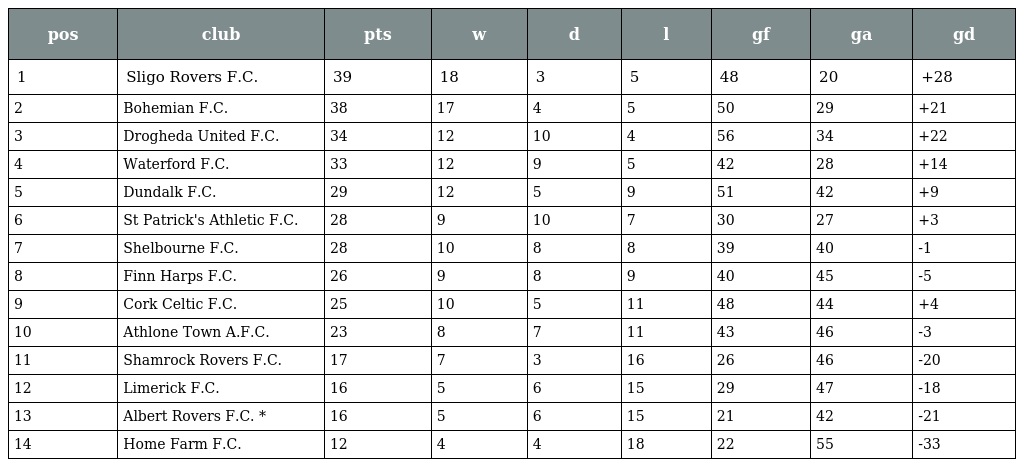
| pos | club | pts | w | d | l | gf | ga | gd |
 | --- | --- | --- | --- | --- | --- | --- | --- | --- |
 | 1 | Sligo Rovers F.C. | 39 | 18 | 3 | 5 | 48 | 20 | +28 |
 | 2 | Bohemian F.C. | 38 | 17 | 4 | 5 | 50 | 29 | +21 |
 | 3 | Drogheda United F.C. | 34 | 12 | 10 | 4 | 56 | 34 | +22 |
 | 4 | Waterford F.C. | 33 | 12 | 9 | 5 | 42 | 28 | +14 |
 | 5 | Dundalk F.C. | 29 | 12 | 5 | 9 | 51 | 42 | +9 |
 | 6 | St Patrick's Athletic F.C. | 28 | 9 | 10 | 7 | 30 | 27 | +3 |
 | 7 | Shelbourne F.C. | 28 | 10 | 8 | 8 | 39 | 40 | -1 |
 | 8 | Finn Harps F.C. | 26 | 9 | 8 | 9 | 40 | 45 | -5 |
 | 9 | Cork Celtic F.C. | 25 | 10 | 5 | 11 | 48 | 44 | +4 |
 | 10 | Athlone Town A.F.C. | 23 | 8 | 7 | 11 | 43 | 46 | -3 |
 | 11 | Shamrock Rovers F.C. | 17 | 7 | 3 | 16 | 26 | 46 | -20 |
 | 12 | Limerick F.C. | 16 | 5 | 6 | 15 | 29 | 47 | -18 |
 | 13 | Albert Rovers F.C. * | 16 | 5 | 6 | 15 | 21 | 42 | -21 |
 | 14 | Home Farm F.C. | 12 | 4 | 4 | 18 | 22 | 55 | -33 |